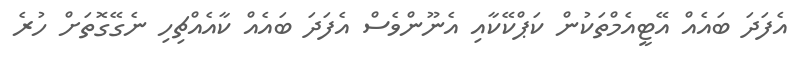
އެފަދަ ބައެއް އޭޓީއެމްތަކުން ކަޕްކޭކާއި އެނޫންވެސް އެފަދަ ބައެއް ކާއެއްޗިހި ނެގޭގޮތަށް ހުރެ